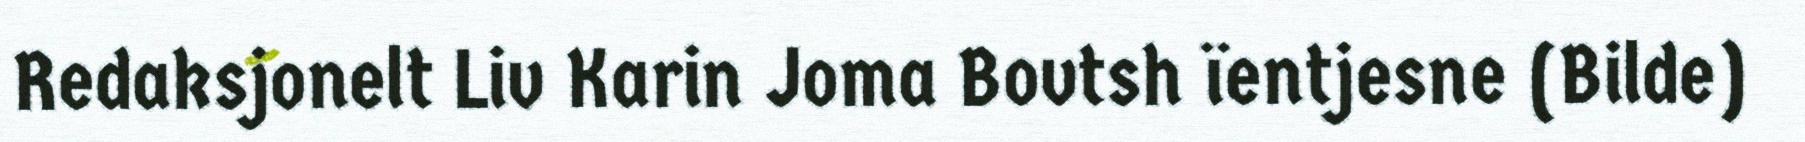
Redaksjonelt Liv Karin Joma Bovtsh ïentjesne (Bilde)